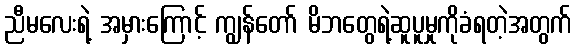
ညီမလေးရဲ့ အမှားကြောင့် ကျွန်တော် မိဘတွေရဲ့ဆူပူမှုကိုခံရတဲ့အတွက်